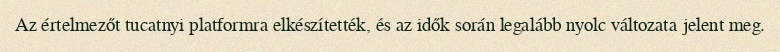
Az értelmezőt tucatnyi platformra elkészítették, és az idők során legalább nyolc változata jelent meg.